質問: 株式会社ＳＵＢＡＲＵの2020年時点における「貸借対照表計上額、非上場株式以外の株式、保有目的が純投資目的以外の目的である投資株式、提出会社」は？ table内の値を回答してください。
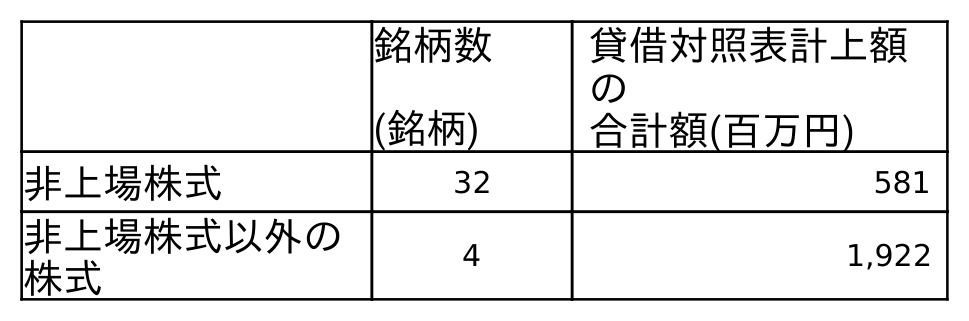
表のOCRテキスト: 銘柄数 (銘柄) 貸借対照表計上額 の 合計額(百万円) 非上場株式 32 581 非上場株式以外の 株式 4 1,922
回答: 1,922